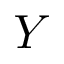
Y